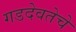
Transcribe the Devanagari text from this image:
गडदेवतेचे